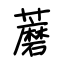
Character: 蘑